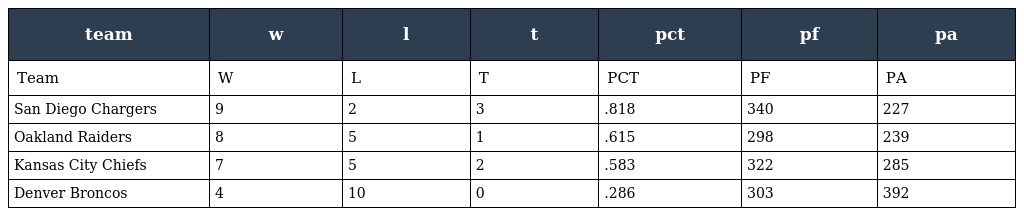
| team | w | l | t | pct | pf | pa |
 | --- | --- | --- | --- | --- | --- | --- |
 | Team | W | L | T | PCT | PF | PA |
 | San Diego Chargers | 9 | 2 | 3 | .818 | 340 | 227 |
 | Oakland Raiders | 8 | 5 | 1 | .615 | 298 | 239 |
 | Kansas City Chiefs | 7 | 5 | 2 | .583 | 322 | 285 |
 | Denver Broncos | 4 | 10 | 0 | .286 | 303 | 392 |